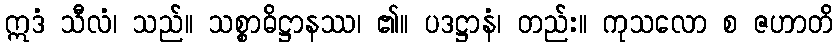
ဣဒံ သီလံ၊ သည်။ သစ္စာဓိဋ္ဌာနဿ၊ ၏။ ပဒဋ္ဌာနံ၊ တည်း။ ကုသလော စ ဇဟာတိ